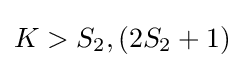
K>S_{2},(2S_{2}+1)